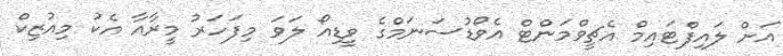
އަށް ލައިފްޓައިމް އެޗީވްމަންޓް އެވޯޑުސަނަމްގެ ވީޑިއޯ ލަވަ މިފަހަރު މީރާއާ އެކު މިއުޒިކް